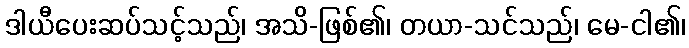
ဒါယီပေးဆပ်သင့်သည်၊ အသိ-ဖြစ်၏၊ တယာ-သင်သည်၊ မေ-ငါ၏၊